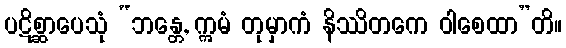
ပဋိစ္ဆာပေသုံ “ဘန္တေ, ဣမံ တုမှာကံ နိဿိတကေ ဝါစေထာ”တိ။